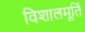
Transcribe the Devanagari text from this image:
विशालमूर्ति